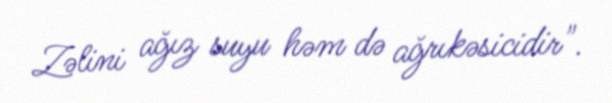
Zəlini ağız suyu həm də ağrıkəsicidir".